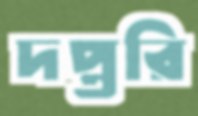
দপ্তরি